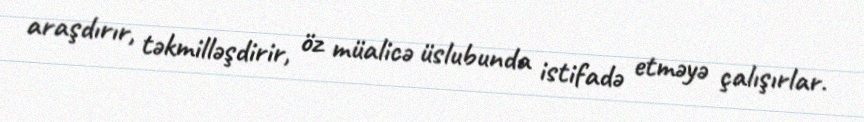
araşdırır, təkmilləşdirir, öz müalicə üslubunda istifadə etməyə çalışırlar.